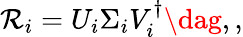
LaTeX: \mathcal{R}_{i}=U_{i}\Sigma_{i}V_{i}^{\dagger}\dag,,